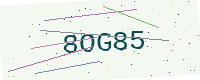
Text: 8OG85